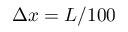
\Delta x = L / 1 0 0